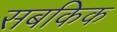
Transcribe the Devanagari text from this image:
सबकिक